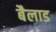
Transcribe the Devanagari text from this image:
बैलाड